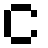
င